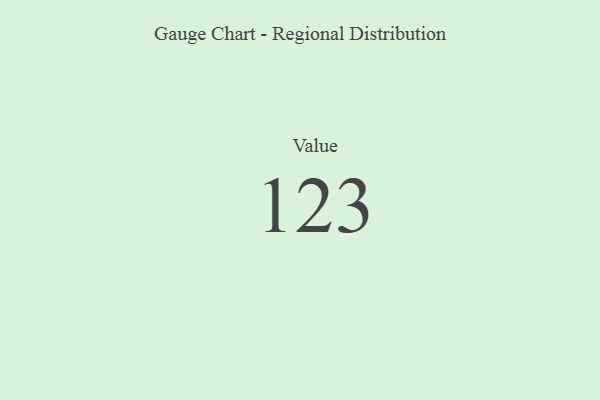
{"axis": {"x": "Metric", "y": "Value"}, "legend": [""], "data": [{"x": "Value", "y": 123, "type": ""}]}